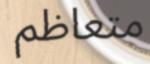
متعاظم